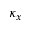
\kappa _ { x }